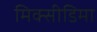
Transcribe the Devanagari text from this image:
मिक्सीडिमा